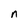
Character: n